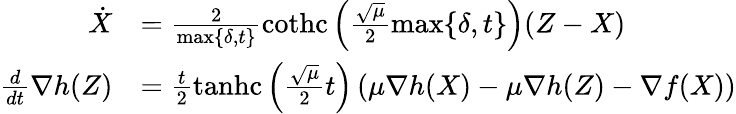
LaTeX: \begin{array}{rl}{\dot{X}}&{=\frac{2}{\operatorname*{max}\{ \delta,t\} }\operatorname{cothc}\left(\frac{\sqrt{\mu}}{2}\operatorname*{max}\{ \delta,t\} \right)(Z-X)}\\ {\frac{d}{dt}\nabla h(Z)}&{=\frac{t}{2}\operatorname{tanhc}\left(\frac{\sqrt{\mu}}{2}t\right)\left(\mu\nabla h(X)-\mu\nabla h(Z)-\nabla f(X)\right)}\end{array}